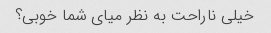
خیلی ناراحت به نظر میای شما خوبی؟